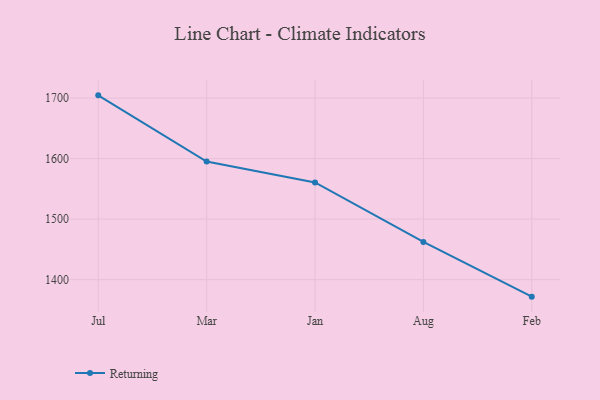
{"axis": {"x": "Month", "y": "Bounce Rate (%)"}, "legend": ["Returning"], "data": [{"x": "Jul", "y": 1704.6, "type": "Returning"}, {"x": "Mar", "y": 1595.1, "type": "Returning"}, {"x": "Jan", "y": 1560.7, "type": "Returning"}, {"x": "Aug", "y": 1462.3, "type": "Returning"}, {"x": "Feb", "y": 1371.9, "type": "Returning"}]}